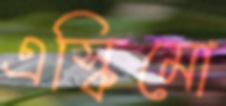
এস্কিমো